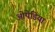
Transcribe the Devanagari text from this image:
ओपेडिया